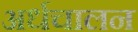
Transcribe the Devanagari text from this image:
अर्धचालन